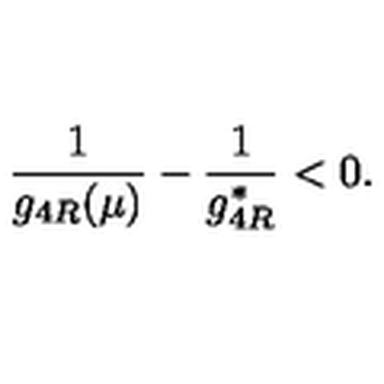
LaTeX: \frac { 1 } { g _ { 4 R } ( \mu ) } - \frac { 1 } { g _ { 4 R } ^ { * } } < 0 .